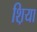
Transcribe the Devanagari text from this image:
श़िया